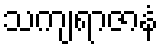
သကျရာဇာနံ